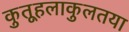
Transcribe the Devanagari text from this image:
कुतूहलाकुलतया